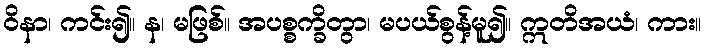
ဝိနာ၊ ကင်း၍။ န၊ မဖြစ်။ အပစ္စက္ခိတွာ၊ မပယ်စွန့်မူ၍။ ဣတိအယံ၊ ကား။